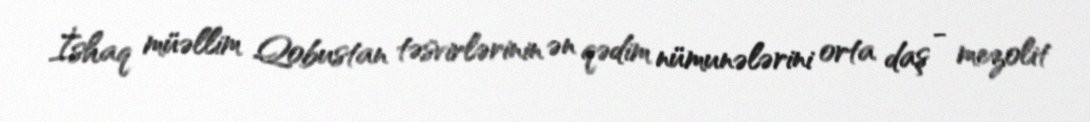
İshaq müəllim Qobustan təsvirlərinin ən qədim nümunələrini orta daş - mezolit